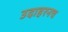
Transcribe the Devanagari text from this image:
उदाहरनच